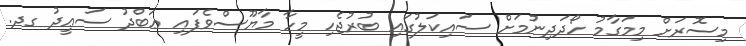
މިސޮރަށް މިމަގާމު ހޯދަދިނުމަށް ސައިކަލުގައި ބުރުޖެހި މީހާ މާޔޫސްވެފައި ޢަބްދު ސަޢީދު ގދ.